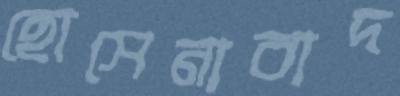
হোসেনাবাদ